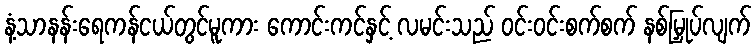
နံ့သာနန်းရေကန်ငယ်တွင်မူကား ကောင်းကင်နှင့် လမင်းသည် ဝင်းဝင်းစက်စက် နစ်မြှုပ်လျက်